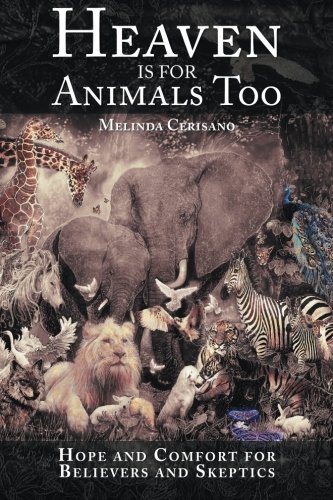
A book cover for Heaven Is for Animals Too: Hope and Comfort for Believers and Skeptics; Melinda Cerisano; Christian Books & Bibles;